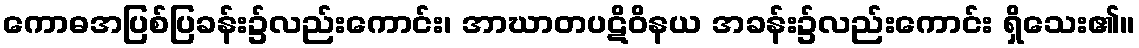
ကောဓအပြစ်ပြခန်း၌လည်းကောင်း၊ အာဃာတပဋိဝိနယ အခန်း၌လည်းကောင်း ရှိသေး၏။